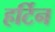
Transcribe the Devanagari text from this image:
हर्टिन